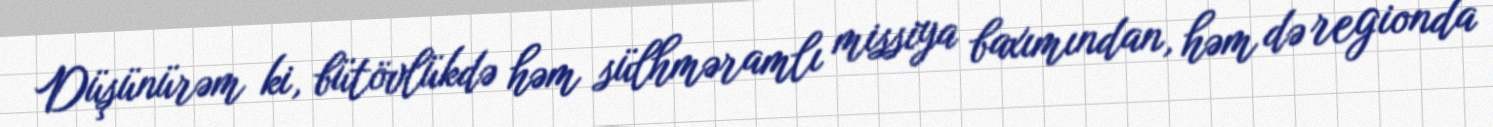
Düşünürəm ki, bütövlükdə həm sülhməramlı missiya baxımından, həm də regionda